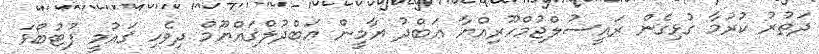
ދަތުރު ކުރުމާ ގުޅިގެން ރައީސުލްޖުމްހޫރިއްޔާ ޢަބްދު ޔާމީން ޢަބްދުލްޤައްޔޫމް ދިވެހި ޤައުމީ ފުޓުބޯޅަ